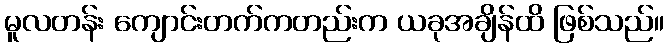
မူလတန်း ကျောင်းတက်ကတည်းက ယခုအချိန်ထိ ဖြစ်သည်။